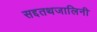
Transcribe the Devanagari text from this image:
सद्दतथजालिनी